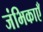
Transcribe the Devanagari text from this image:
जंभिकाएँ